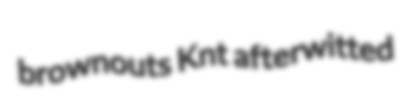
brownouts Knt afterwitted